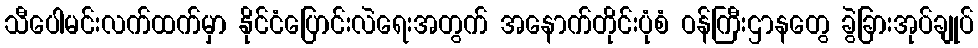
သီပေါမင်းလက်ထက်မှာ နိုင်ငံပြောင်းလဲရေးအတွက် အနောက်တိုင်းပုံစံ ဝန်ကြီးဌာနတွေ ခွဲခြားအုပ်ချုပ်